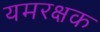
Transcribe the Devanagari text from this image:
यमरक्षक